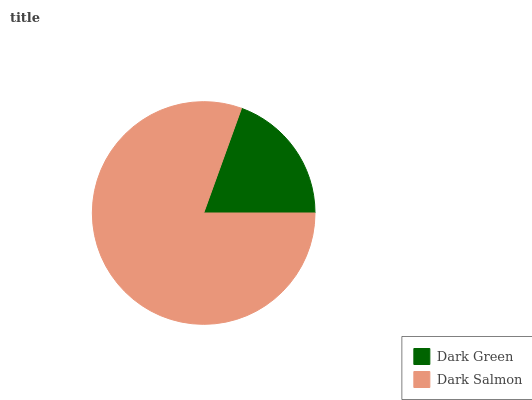
| Dark Green | Dark Salmon |
 | --- | --- |
 | 19.4% | 80.6% |